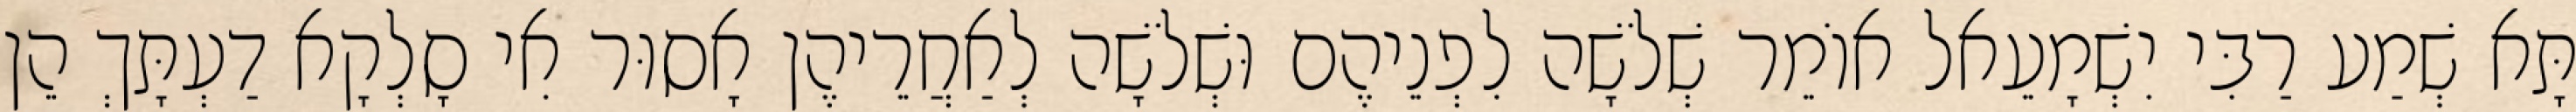
תָּא שְׁמַע רַבִּי יִשְׁמָעֵאל אוֹמֵר שְׁלֹשָׁה לִפְנֵיהֶם וּשְׁלֹשָׁה לְאַחֲרֵיהֶן אָסוּר אִי סָלְקָא דַעְתָּךְ הֵן